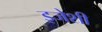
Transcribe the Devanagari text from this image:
इजेशी